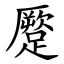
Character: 蹷